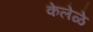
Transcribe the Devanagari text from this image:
केलेळे